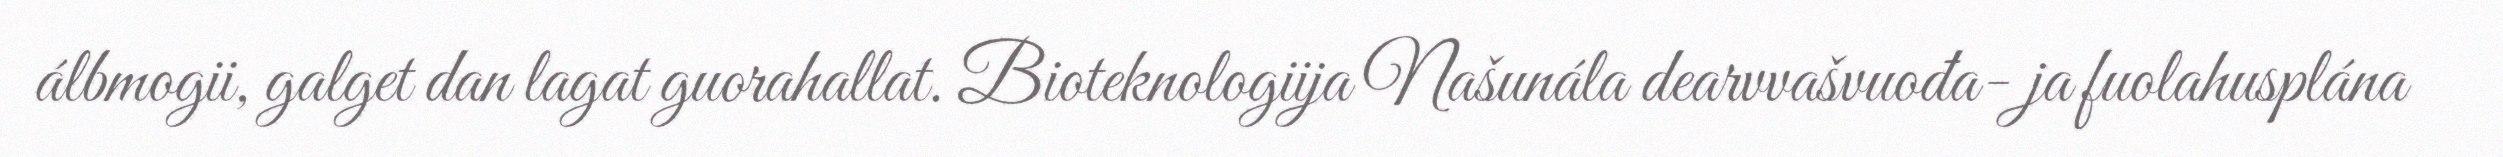
álbmogii, galget dan lagat guorahallat. Bioteknologiija Našunála dearvvašvuođa- ja fuolahusplána